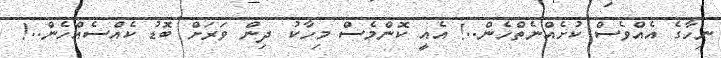
ނިހާގެ އެއްވެސް ކުށެއްނެތްހެން..! އެއީ ކޮންމެސް މިހާކު ދިން ވަރަށް ބޮޑު ކެއްސެއްހެން..!